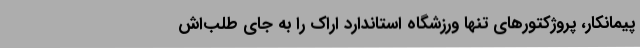
پیمانکار، پروژکتورهای تنها ورزشگاه استاندارد اراک را به جای طلب‌اش